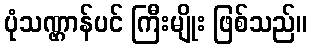
ပုံသဏ္ဌာန်ပင် ကြီးမျိုး ဖြစ်သည်။